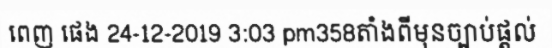
ពេញ ផេង 24-12-2019 3:03 pm358តាំងពីមុនច្បាប់ផ្តល់